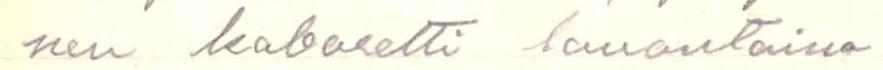
nen kabaretti lauantaina